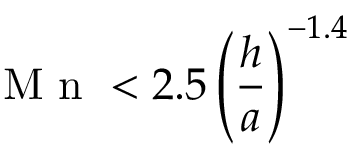
\mathrm { ~ M ~ n ~ } < 2 . 5 \left( \frac { h } { a } \right) ^ { - 1 . 4 }